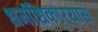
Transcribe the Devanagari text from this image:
धर्माधिकार्‍यास